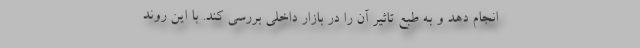
انجام دهد و به طبع تاثیر آن را در بازار داخلی بررسی كند. با این روند